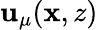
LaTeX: \mathbf{u}_{\mu}(\mathbf{{x}},z)